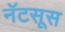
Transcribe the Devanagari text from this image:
नॅटसूस